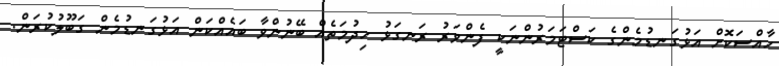
ހާއްސަކޮށް އަޅުގަނޑުމެންގެ ކަސްޓަމަރުންނަކީ ފެންވަރު ރަނގަޅު ހިދުމަތެއް ބޭނުންވާ ބައެއްކަން އަޅުގަނޑުމެން ގަބޫލުކުރަން.